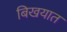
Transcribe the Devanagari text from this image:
बिखयात